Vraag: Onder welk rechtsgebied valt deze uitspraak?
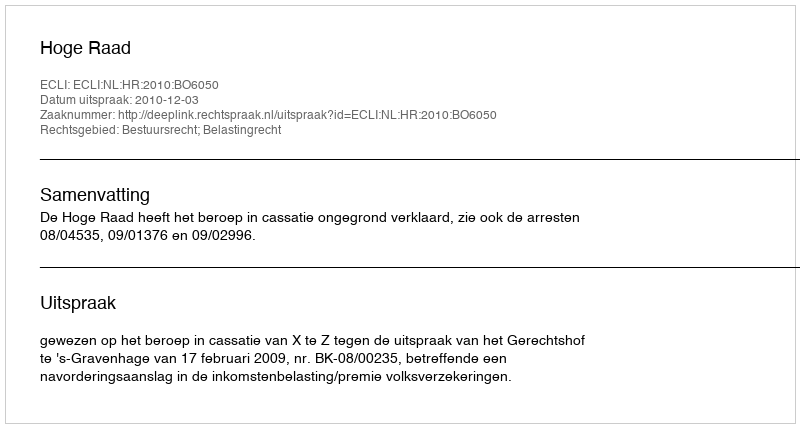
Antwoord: Bestuursrecht; Belastingrecht